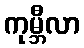
ကုမ္ဘီလာ